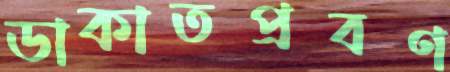
ডাকাতপ্রবণ